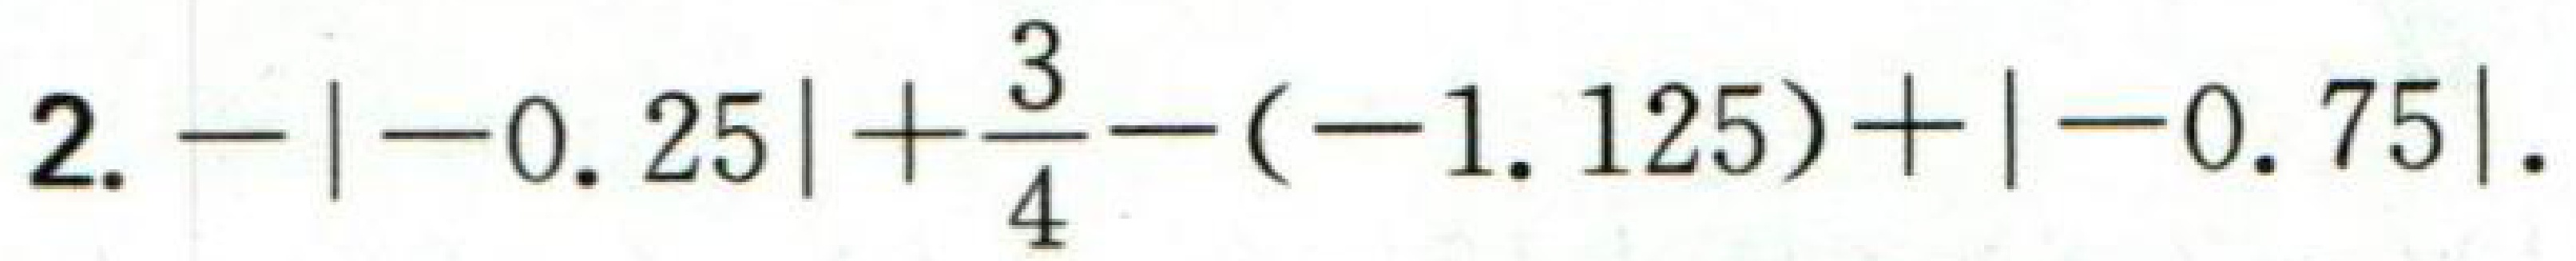
2. \(-|-0.25|+\dfrac{3}{4}-(-1.125)+|-0.75|\).